Calcutta medical institutions reports 1892-1900
Year: 1892
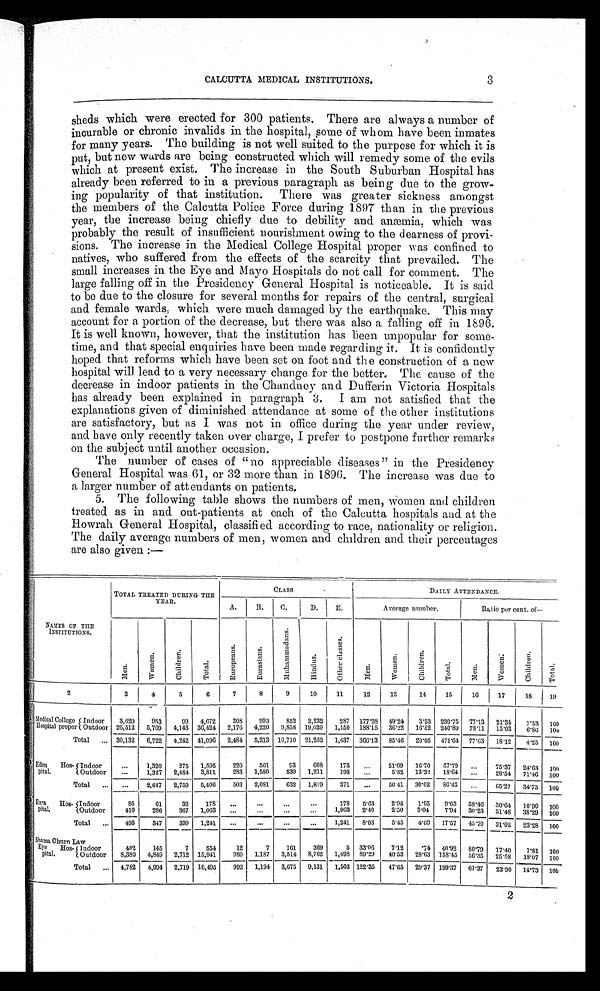
3
CALCUTTA MEDICAL INSTITUTIONS.
sheds which were erected for 300 patients. There are always a number of
incurable or chronic invalids in the hospital, some of whom have been inmates
for many years. The building is not well suited to the purpose for which it is
put, but new wards are b e i n g c o n s t r u c t e d w h i c h w i l l r e m e d y s o m e o f t h e e v i l s
which at present exist. The increase in the South Suburban Hospital has
already been referred to in a previous paragraph as being due to the grow-
ing popularity of that institution. There was greater sickness amongst
the members of the Calcutta Police Force during 1897 than in the previous
year, the increase being chiefly due to debility and anæmia, which was
probably the result of insufficient nourishment owing to the dearness of provi-
sions. The increase in the Medical College Hospital proper was confined to
natives, who suffered from the effects of the scarcity that prevailed. The
small increases in the Eye and Mayo Hospitals do not call for comment. The
large falling off in the Presidency General Hospital is noticeable. It is said
to be due to the closure for several months for repairs of the central, surgical
and female wards, which were much damaged by the earthquake. This may
account for a portion of the decrease, but there was also a falling off in 1896.
It is well known, however, that the institution has been unpopular for some-
time, and that special enquiries have been made regarding it. It is confidently
hoped that reforms which have been set on foot and the construction of a new
hospital will lead to a very necessary change for the better. The cause of the
decrease in indoor patients in the Chandney and Dufferin Victoria Hospitals
has already been explained in paragraph 3. I am not satisfied that the
explanations given of diminished attendance at some of the other institutions
are satisfactory, but as I was not in office during the year under review,
and have only recently taken over charge, I prefer to postpone further remarks
on the subject until another occasion.
The number of cases of "no appreciable diseases" in the Presidency
General Hospital was 61, or 32 more than in 1896. The increase was due to
a larger number of attendants on patients.
5. The following table shows the numbers of men, women and children
treated as in and out-patients at each of the Calcutta hospitals and at the
Howrah General Hospital, classified according to race, nationality or religion.
The daily average numbers of men, women and children and their percentages
are also given :—
NAMES OF THE
INSTITUTIONS.
TOTAL TREATED DURING THE
YEAR.
CLASS
DAILY ATTENDANCE.
A.
B.
C.
D.
E.
Average number.
Ratio per cent. of
—
M e n .
W o m e n .
C h i l d r e n .
T o t a l . E u r o p e a n s .
E u r a s i a n s .
M u h a m m a d a n s .
H i n d u s .
O t h e r c l a s s e s .
M e n .
W o m e n .
C h i l d r e n .
T o t a l .
M e n .
W o m e n .
C h i l d r e n .
T o t a l .
2
3
4
5
6
7
8
9
10
11
12
13
14
15
16
17
18
19
Medical College
Hospital proper Indoor 3,620
953
99 4,672 308 993
852 2,232 287 177.98 49.24 3.53 230.75 77.13 21.34
1. 53 100
Outdoor 26,512 5,769 4,143 36,424 2,176 4,220 9,858 19,020 1,150 188.15 36.22 16.52 240.89 78.11 15.03 6.56
1 0 0
Total
. . . 30,132 6,722 4,242 41,096 2,484 5,213 10,710 21,252 1,437 366.13 85.46 20.05 471.64 77.63 18.12 4.25 100
Eden Hos-
pital.
Indoor
...
1,320 275 1,595
220
501
93 608
173 ...
51.09 16.70 67.79 ...
75.37 24.63 100
Outdoor ...
1,327 2,484 3,811
283 1,580
539 1,211
198 ...
5.32 13.32 18.64
. . .
28.54 71.46 100
Total ... ...
2,647 2,759 5,406
503 2,081
632 1,819
371 ...
56.41 30.02 86.43 ...
65.27 34.73 100
Ezra Hos-
pital.
Indoor
85
61
32
178 ...
. . .
. . .
. . .
178 5.63
2.95 1.05 9.63 58.46 30.64 10.90 100
Outdoor
410
286
367 1,063 ...
...
. . .
. . . 1,063 2.40
2.50 3.04 7.94 30.23 31.48 38.29 100
Total ... 495
347
399 1,241 ...
. . .
. . . ...
1 , 2 4 1 8.03
5.45 4.09 17.57 45.70 31.02
23. 28 100
Shama Churn Law
Eye Hos-
pital.
Indoor
402
145
7
554
12
7 161
369
5 33.06 7.12
. 7 4 40.92 80.79 17.40 1.81 100
Outdoor 8,380 4,849 2,712 15,941
9 8 0 1.187 3,514 8,762 1,498 89.29 40.53 28.63 158.45 56.35 25.58 18.07 100
Total ... 4,782 4,994 2,719 16,495 992 1,194 3,675 9,131 1,503 122.35 47.65 29.37 199.37 61.37 23.90 14.73 100
2